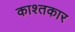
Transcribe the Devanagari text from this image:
काश्‍तकार